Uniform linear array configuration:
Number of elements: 64
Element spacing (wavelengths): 0.25
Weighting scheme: hamming
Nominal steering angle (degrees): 15
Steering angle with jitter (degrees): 13.051
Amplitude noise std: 0.05
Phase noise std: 0.05

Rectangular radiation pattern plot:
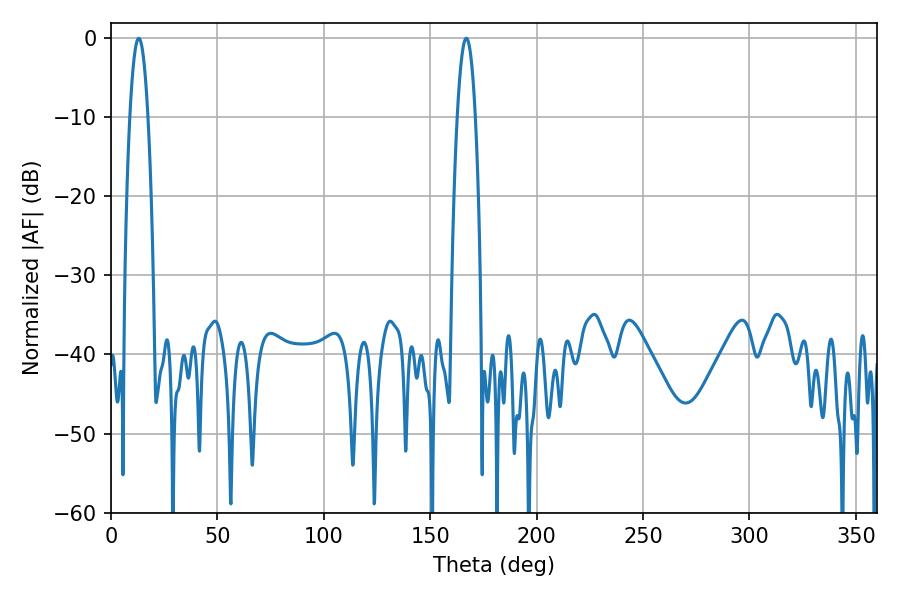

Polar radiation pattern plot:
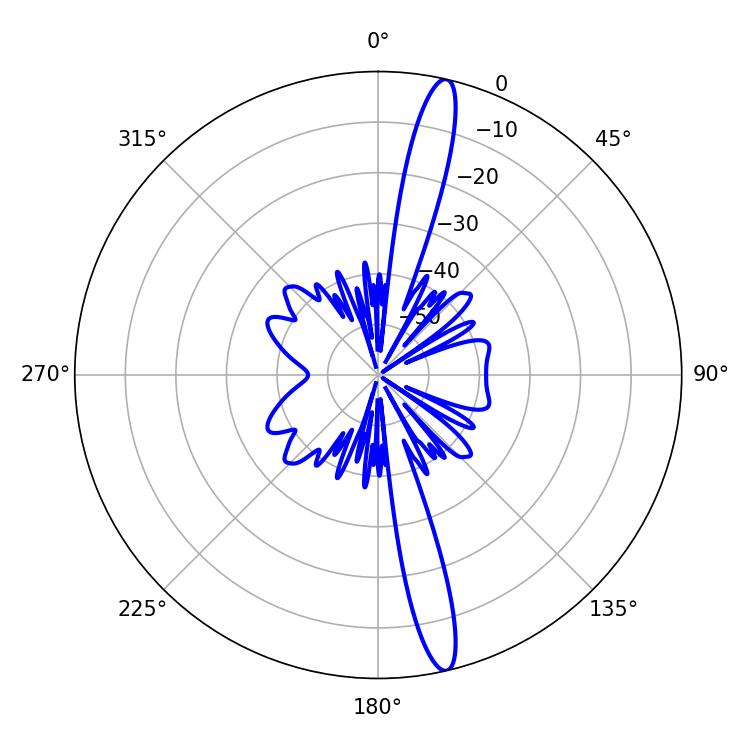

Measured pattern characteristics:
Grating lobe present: FALSE
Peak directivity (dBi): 16.993
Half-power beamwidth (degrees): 4.5
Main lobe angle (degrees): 12.96